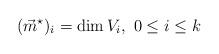
LaTeX: \begin{align*}(\vec{m}^{\star})_i=\dim V_i, \ 0 \le i\le k\end{align*}